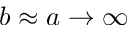
b \approx a \rightarrow \infty